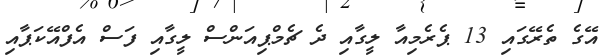
އޭގެ ތެރޭގައި 13 ޕެރެމިއާ ލީގާއި ދެ ޗެމްޕިއަންސް ލީގާއި ފަސް އެފްއޭކަޕާއި